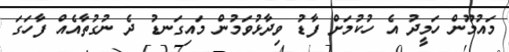
މައުމޫން ހަމީދު އެ ހުކުމަށް ފާޑު ވިދާޅުވަމުން މައިގަނޑު ދެ ނުގުތާއެއް ފާހަގަ